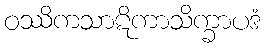
ဝဿိကသာဋိကာသိက္ခာပဒံ